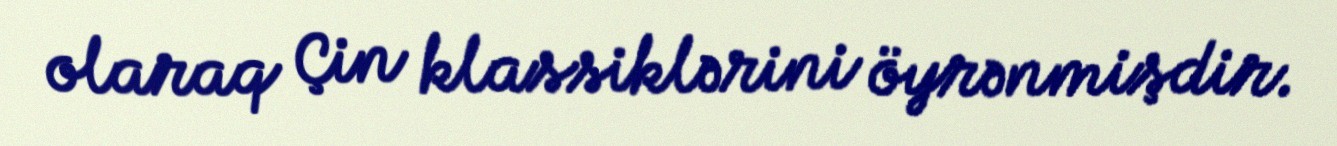
olaraq Çin klassiklərini öyrənmişdir.